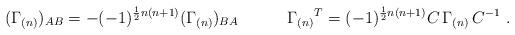
LaTeX: \begin{align*}(\Gamma_{(n)})_{AB}=-(-1)^{\frac{1}{2}n(n+1)}(\Gamma_{(n)})_{BA}\qquad\quad\Gamma_{(n)}{}^T=(-1)^{\frac{1}{2}n(n+1)}C\,\Gamma_{(n)}\,C^{-1}\ .\end{align*}